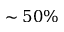
\sim 5 0 \%